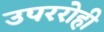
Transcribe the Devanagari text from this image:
उपररोही